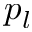
p _ { l }